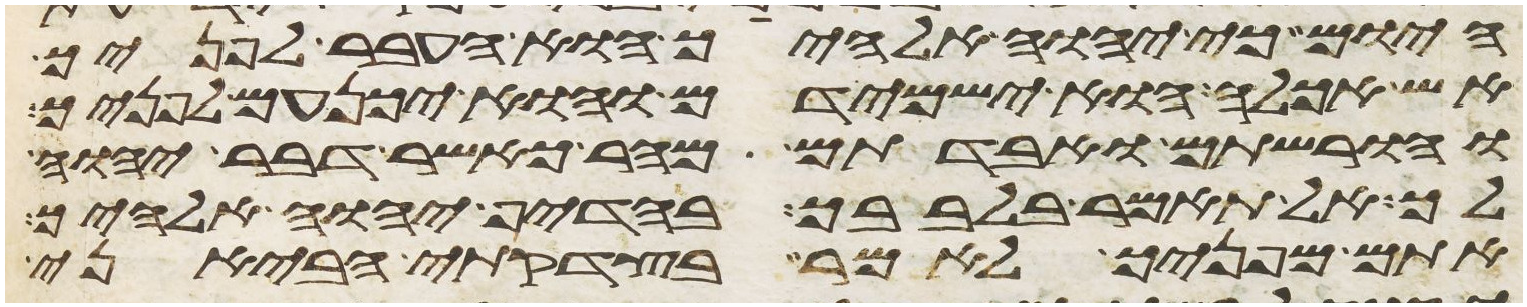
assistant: היום כי יהוה אלהיך הוא העבר לפניך
אש אכלה הוא ישמידם והוא יכנעם לפניך
והורשתם ואבדתם מהר כאשר דבר יהוה
לך אל תאמר בלבבך בהדיף יהוה אלהיך
אתם מפניך לאמר בצדקתי הביאני